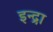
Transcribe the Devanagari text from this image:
इन्द्रा